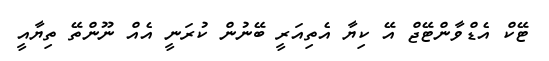
ޓޭކް އެޑްވާންޓޭޖް އޭ ކިޔާ އެތިއަރީ ބޭނުން ކުރަނީ އެއް ނޫންތޭ ތިޔާއީ